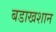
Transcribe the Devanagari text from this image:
बडाखशान